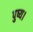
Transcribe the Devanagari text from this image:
पुष्य।